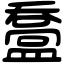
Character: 䀉